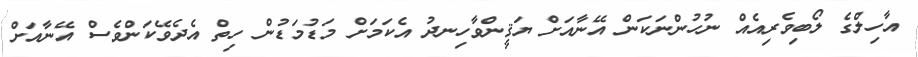
އާހިލްގެ ލޯބިވެރިއެއް ނުހުންނަކަން އޭނާއަށް ޔަޤީންވާހިނދު އެކަމަށް މަޑުމަޑުން ހިތް އެދެވޭކަންވެސް އޭނާއަށް